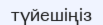
түйешіңіз